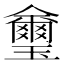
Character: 𤫆